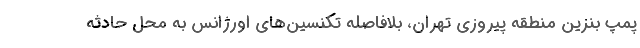
پمپ بنزین منطقه پیروزی تهران، بلافاصله تکنسین‌های اورژانس به محل حادثه